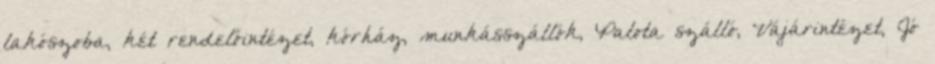
lakószoba, két rendelőintézet, kórház, munkásszállók, Palota szálló, Vájárintézet, Jó